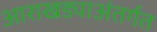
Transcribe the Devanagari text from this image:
आराखड्याअंतर्गत